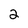
Character: 2